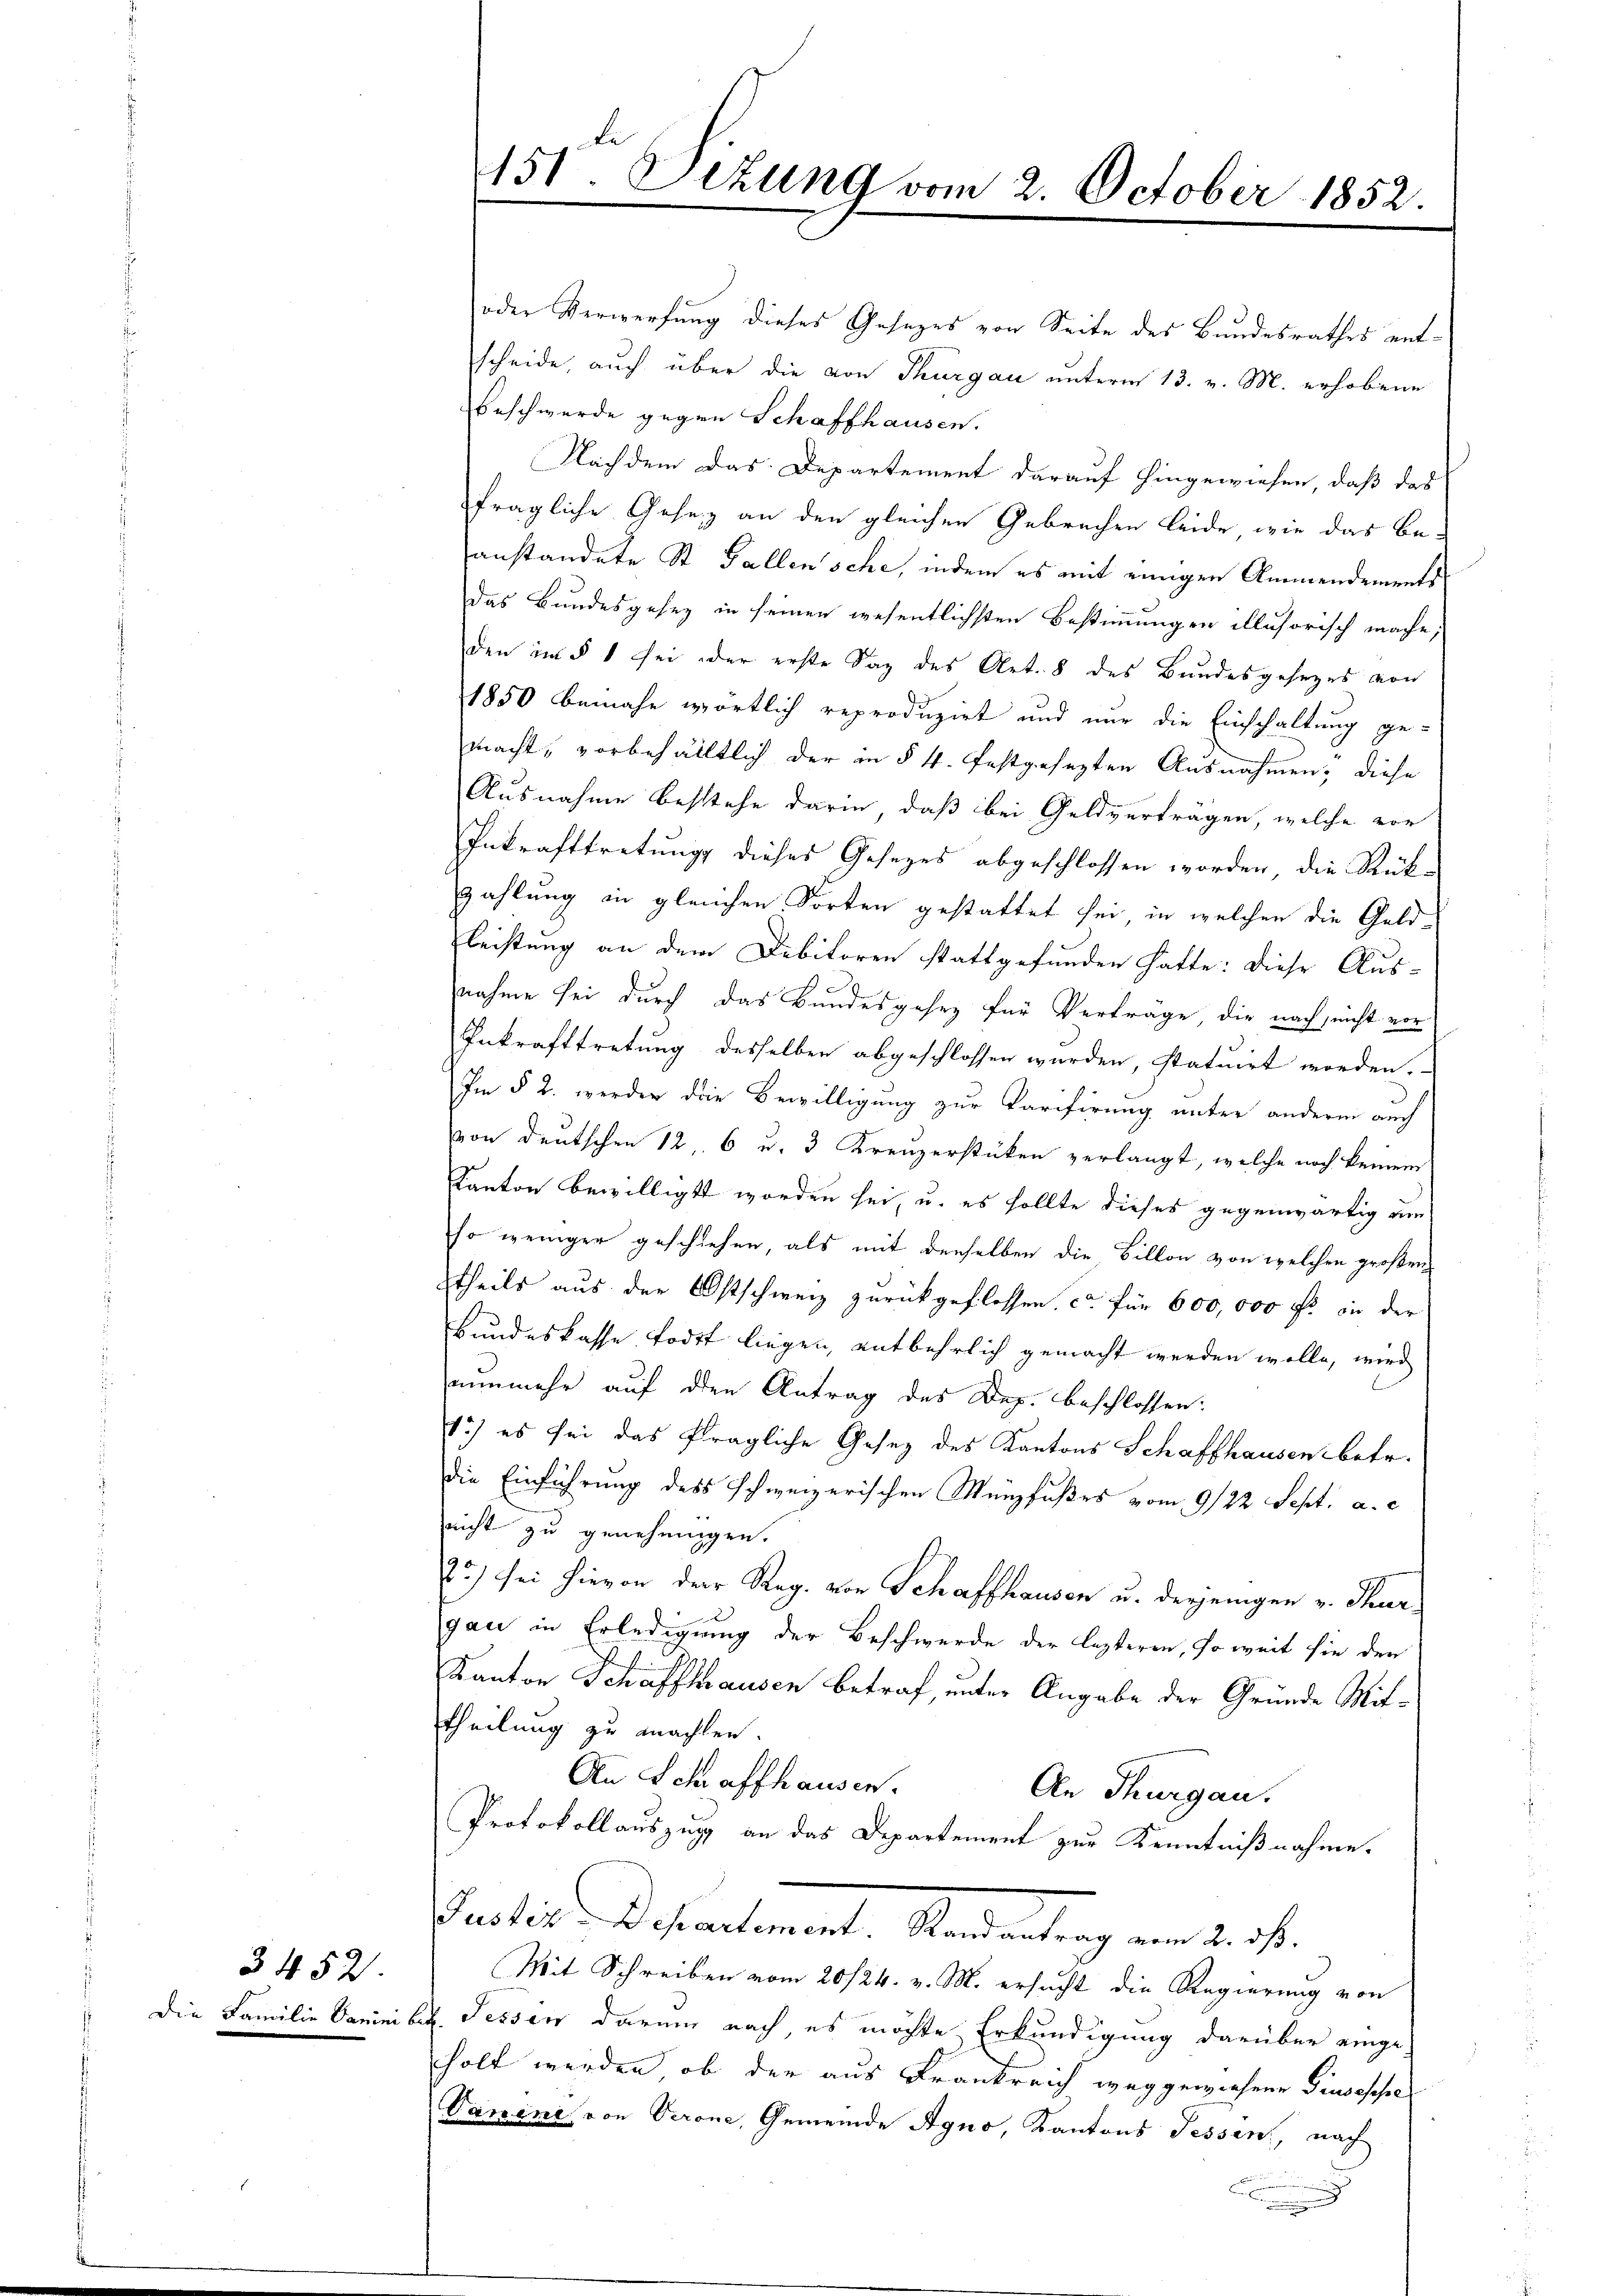
3452.

oder Verwerfung dieses Gesezes von Seite des Bundesrathes entscheide, auch über die von Thurgau unterm 13. v. M. erhobene
beschwerde gegen Schaffhausen.
Nachdem das Departement darauf hingewiesen, daß das
fragliche Gesetz an den gleichen Gebrachen leide, wie das Be-
anstandete St. Gallen sche, indem es mit einigen Ammendements
Das Bundesgesez in seinen wesentlichsten Bestimmungen illusorisch mache,
den in § 1 sei der erste Sag des Art. 8 des Bŭndesgesezes von
1850 beinahe wörtlich reproduzirt und nur die Einschaltung gemacht, vorbehältlich der in § 4. festgesezten Ausnahmen; diese
Ausnahme besstehe darin, daß bei Geldverträgen, welche vor
Inkrafttretung dieses Gesezes abgeschlossen worden, die Rückzahlung in gleichen Sorten gestattet sei, in welchen die Geldleistung an dem Dibitoren stattgefunden hatte: diese Aus-
nahme sei durch das Bundesgesez für Verträge, die nach, nicht vor
Inkrafttretung desselben abgeschlossen wurden, statuirt worden.
Im § 2. werden die Bewilligung zur Tarifirung unter andern auch
von deutschen 12, 6 u. 3 Kreuzerstücken verlangt, welche noch keinem
Kanton bewilligt worden sei, u. es sollte dieses gegenwärtig um
so weniger geschiehen, als mit denselben die Billon von welchen großen
theils aus der Ostschweiz zurückgeflossen, ca für 600,000 fl in der
Bundeskasse todt liegen, entbehrlich gemacht werden wolle, wird
nunmehr auf den Antrag des Dep. beschlossen:
1) es sei das fragliche Gesez des Kantons Schaffhausen betr.
die Einführung des schweizerischen Münzfußes vom 9/22 Sept. a. c.
nicht zu genehmigen.
75) sei hievon der Reg. von Schaffhausen u. derjenigen v. Thurgau in Erledigung der Beschwerde der lezteren, so weit sie den
Kanton Schaffthausen betraf, unter Angabe der Gründe Mittheilung zu machten
An Schaffhausen.
An Thurgau.
Protokollauszug an das Departement zur Kenntnißnahme.
Justiz-Departement. Randantrag vom 2. dß.
Mit Schreiben vom 20/24. v. M. ersucht die Regierung von
Die Familie Saminibit Tessin darum nach, es möchte Erkundigung darüber eingeholt werden, ob der aus Frankreich weggewiesene Giuseppe
Panini von Verone, Gemeinde Agno, Kantons Fessen, nach
.

151 Sezung vom 2. October 1852.